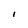
Character: I